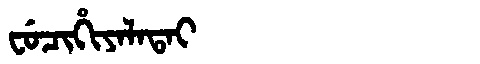
Manchu: ᠸᡠᠴᡳᡥᡳᠶᠠᠯᠠᡨᠠᡳ
Romanization: FUCIHIYALATAI